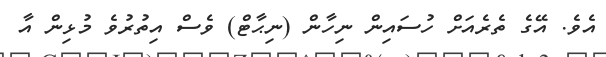
އެވެ. އޭގެ ތެރެއަށް ހުސައިން ނިހާން (ނިޙާޓް) ވެސް އިތުރުވެ މުޅިން އާ